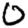
Digit: 0